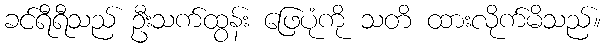
ခင်ရီရီသည် ဦးသက်ထွန်း ဖြေပုံကို သတိ ထားလိုက်မိသည်။